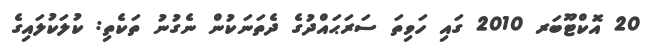
20 އޮކްޓޫބަރ 2010 ގައި ހަވިތަ ސަރަޙައްދުގެ ދެތަނަކުން ނެގުނު ތަކެތި: ކުލަކުލައިގެ